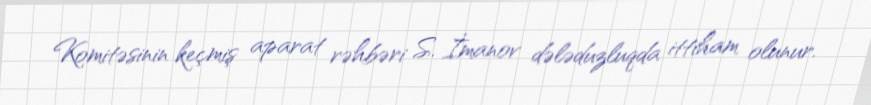
Komitəsinin keçmiş aparat rəhbəri S. İmanov dələduzluqda ittiham olunur.